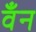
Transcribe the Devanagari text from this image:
वँन